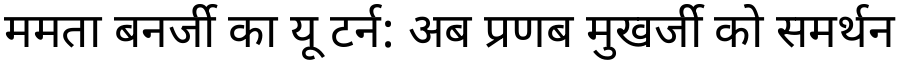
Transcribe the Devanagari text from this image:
ममता बनर्जी का यू टर्न: अब प्रणब मुखर्जी को समर्थन